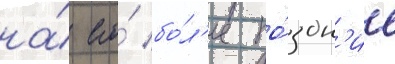
на́ его́ бо́л'ее по́здн'ие